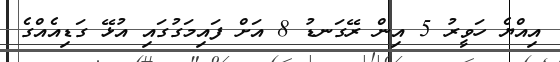
އިއްޔެ ހަވީރު 5 އިން ރޭގަނޑު 8 އަށް ފައިމަގުގައި އުޅޭ ގަޑިއެއްގެ